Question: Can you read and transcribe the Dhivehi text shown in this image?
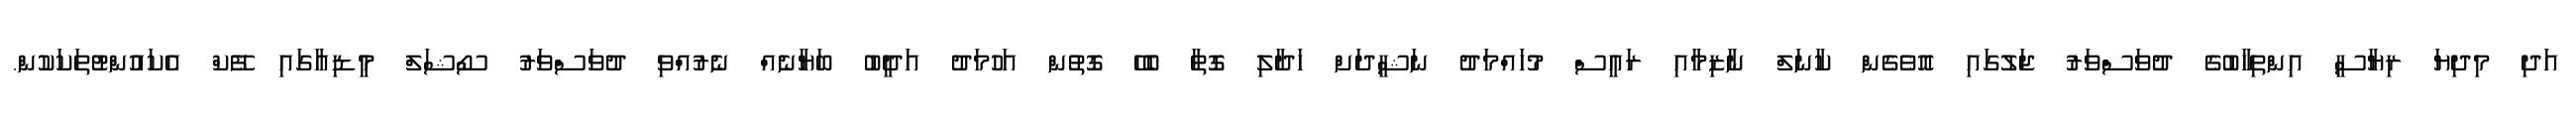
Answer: އަދި މިދިޔަ ރިޔާސީ އިންތިހާބުގެ ދުވަސްވަރު ޖަލުގައި އޮވެގެން ކާނަލް ނާޒިމާއި ރައީސް މުހައްމަދު ނަޝީދަށް ހަދާލި ގޮތާ ބެހޭ ގޮތުން އަހުމަދު އަދީބު ބަޔާނެއް ނެރުއްވި ދުވަސްވަރު ސޯޝަލް މީޑިއާގައި ފޭކް އެކައުންޓުތަކަކުން.